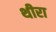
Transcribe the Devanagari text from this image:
थीरा